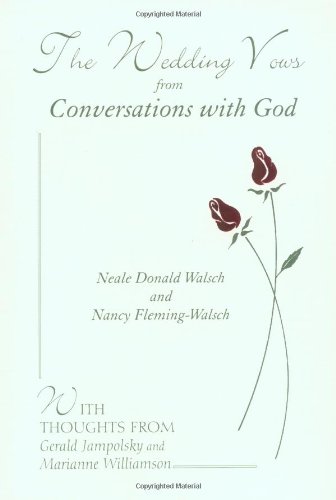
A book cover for The Wedding Vows from Conversations with God: with Nancy Fleming-Walsch; Neale Donald Walsch; Crafts, Hobbies & Home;